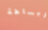
البساطة